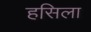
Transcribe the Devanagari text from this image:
हसिला